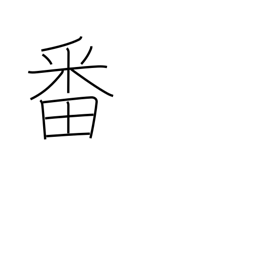
Meaning: turn